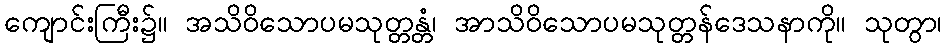
ကျောင်းကြီး၌။ အသိဝိသောပမသုတ္တန္တံ၊ အာသိဝိသောပမသုတ္တန်ဒေသနာကို။ သုတွာ၊